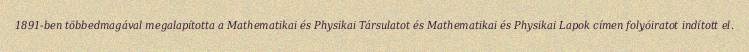
1891-ben többedmagával megalapította a Mathematikai és Physikai Társulatot és Mathematikai és Physikai Lapok címen folyóiratot indított el.